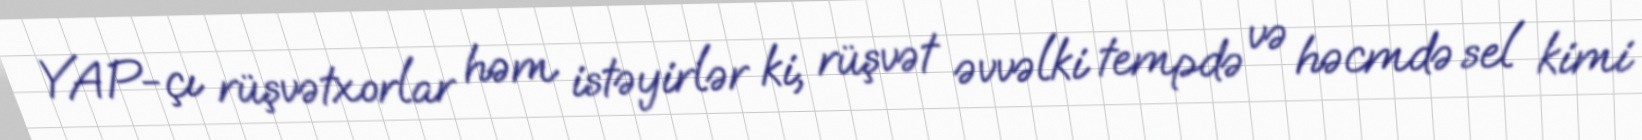
YAP-çı rüşvətxorlar həm istəyirlər ki, rüşvət əvvəlki tempdə və həcmdə sel kimi